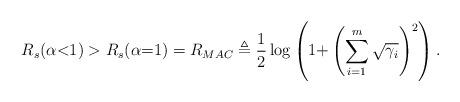
LaTeX: \begin{align*}R_s(\alpha{<}1)> R_s(\alpha{=}1)=R_{MAC}\triangleq \frac{1}{2}\log\left(1 {+} \left(\sum_{i=1}^m \sqrt{\gamma_i}\right)^2\right).\end{align*}